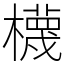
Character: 櫗